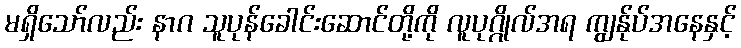
မရှိသော်လည်း နာဂ သူပုန်ခေါင်းဆောင်တို့ကို လူပုဂ္ဂိုလ်အရ ကျွန်ုပ်အနေနှင့်